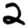
Digit: 2